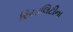
રિયાલિટીના